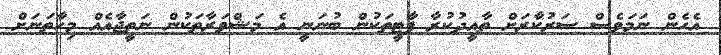
އެހެން ނަމަވެސް ސަރުކާރަށް ތާއީދުކުރާ ޕާޓީތަކުން ބުނަނީ އެ މަޝްވަރާތަކުން ނަތީޖާއެއް މިހާތަނަށް